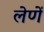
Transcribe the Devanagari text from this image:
लेणें